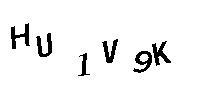
HU1V9K